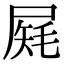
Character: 𡲔